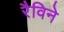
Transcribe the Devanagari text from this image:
रैविने